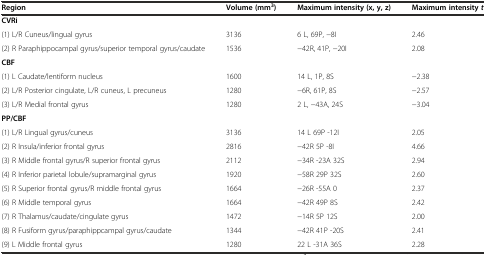
<table><thead><tr><td><b>Region</b></td><td><b>Volume (mm<sup>3</sup>)</b></td><td><b>Maximum intensity (x, y, z)</b></td><td><b>Maximum intensity<i>t</i></b></td></tr></thead><tbody><tr><td><b>CVRi</b></td><td></td><td></td><td></td></tr><tr><td>(1) L/R Cuneus/lingual gyrus</td><td>3136</td><td>6 L, 69P, −8I</td><td>2.46</td></tr><tr><td>(2) R Paraphippocampal gyrus/superior temporal gyrus/caudate</td><td>1536</td><td>−42R, 41P, −20I</td><td>2.08</td></tr><tr><td><b>CBF</b></td><td></td><td></td><td></td></tr><tr><td>(1) L Caudate/lentiform nucleus</td><td>1600</td><td>14 L, 1P, 8S</td><td>−2.38</td></tr><tr><td>(2) L/R Posterior cingulate, L/R cuneus, L precuneus</td><td>1280</td><td>−6R, 61P, 8S</td><td>−2.57</td></tr><tr><td>(3) L/R Medial frontal gyrus</td><td>1280</td><td>2 L, −43A, 24S</td><td>−3.04</td></tr><tr><td><b>PP/CBF</b></td><td></td><td></td><td></td></tr><tr><td>(1) L/R Lingual gyrus/cuneus</td><td>3136</td><td>14 L 69P -12I</td><td>2.05</td></tr><tr><td>(2) R Insula/inferior frontal gyrus</td><td>2816</td><td>−42R 5P -8I</td><td>4.66</td></tr><tr><td>(3) R Middle frontal gyrus/R superior frontal gyrus</td><td>2112</td><td>−34R -23A 32S</td><td>2.94</td></tr><tr><td>(4) R Inferior parietal lobule/supramarginal gyrus</td><td>1920</td><td>−58R 29P 32S</td><td>2.60</td></tr><tr><td>(5) R Superior frontal gyrus/R middle frontal gyrus</td><td>1664</td><td>−26R -55A 0</td><td>2.37</td></tr><tr><td>(6) R Middle temporal gyrus</td><td>1664</td><td>−42R 49P 8S</td><td>2.42</td></tr><tr><td>(7) R Thalamus/caudate/cingulate gyrus</td><td>1472</td><td>−14R 5P 12S</td><td>2.00</td></tr><tr><td>(8) R Fusiform gyrus/paraphippcampal gyrus/caudate</td><td>1344</td><td>−42R 41P -20S</td><td>2.41</td></tr><tr><td>(9) L Middle frontal gyrus</td><td>1280</td><td>22 L -31A 36S</td><td>2.28</td></tr></tbody></table>